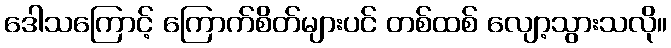
ဒေါသကြောင့် ကြောက်စိတ်များပင် တစ်ထစ် လျော့သွားသလို။